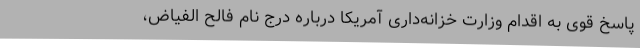
پاسخ قوی به اقدام وزارت خزانه‌داری آمریکا درباره درج نام فالح الفیاض،